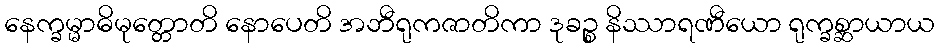
နေက္ခမ္မာဓိမုတ္တောတိ နောပေတိ အဘီရုကဇာတိကာ ဒုခဉ္စ နိဿာရဏီယော ရုက္ခစ္ဆာယာယ